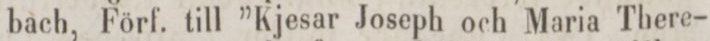
bach, Förf. till ”Kjesar Joseph och Maria There-